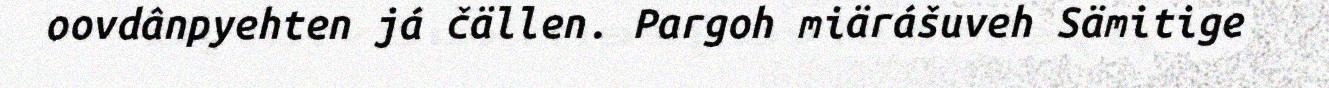
oovdânpyehten já čällen. Pargoh miärášuveh Sämitige